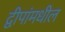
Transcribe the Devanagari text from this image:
द्वीपांमधील